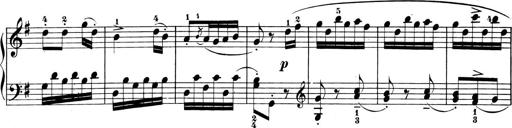
Title: 6 Piano Sonatinas
Composer: Cornelius Gurlitt